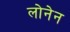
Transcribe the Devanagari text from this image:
लोनेन